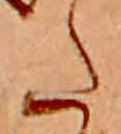
た